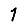
Digit: 1